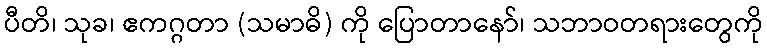
ပီတိ၊ သုခ၊ ဧကဂ္ဂတာ (သမာဓိ) ကို ပြောတာနော်၊ သဘာဝတရားတွေကို